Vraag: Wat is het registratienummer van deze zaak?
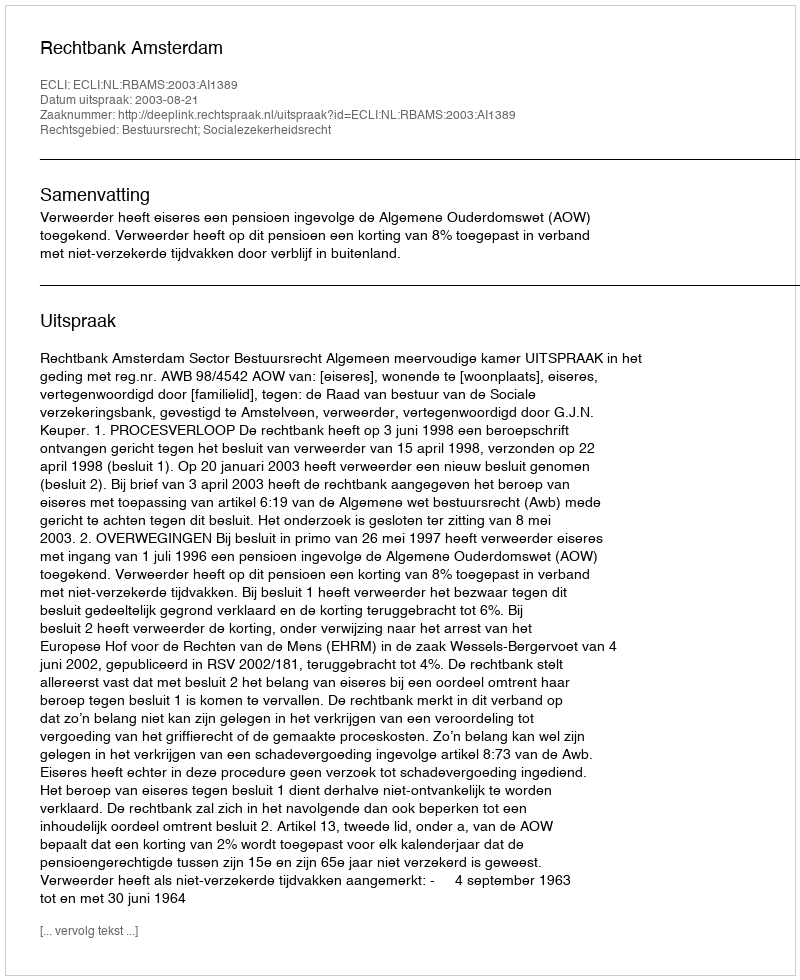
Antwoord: http://deeplink.rechtspraak.nl/uitspraak?id=ECLI:NL:RBAMS:2003:AI1389